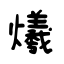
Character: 爔